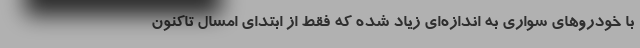
با خودروهای سواری به اندازه‌ای زیاد شده که فقط از ابتدای امسال تاکنون